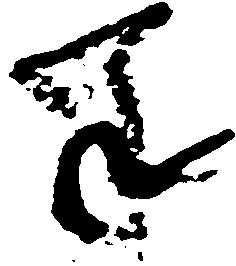
年